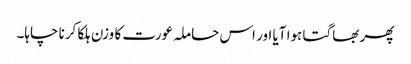
پھر بھاگتا ہوا آیا اور اس حاملہ عورت کا وزن ہلکا کرنا چاہا۔